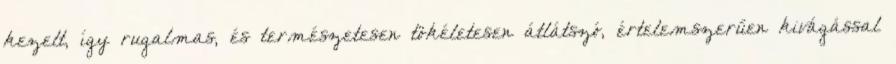
kezelt, így rugalmas, és természetesen tökéletesen átlátszó, értelemszerűen kivágással